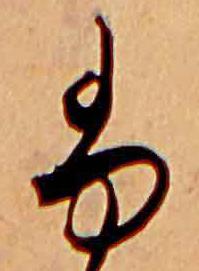
ふ